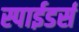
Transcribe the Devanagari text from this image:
स्पाईडर्स